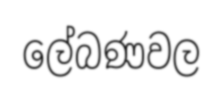
ලේබණවල